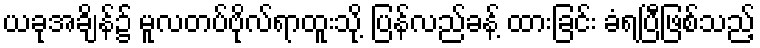
ယခုအချိန်၌ မူလတပ်ဗိုလ်ရာထူးသို့ ပြန်လည်ခန့် ထားခြင်း ခံရပြီဖြစ်သည့်